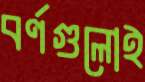
বর্ণগুলোই